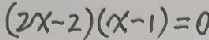
( 2 x - 2 ) ( x - 1 ) = 0